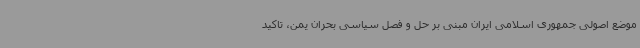
موضع اصولی جمهوری اسلامی ایران مبنی بر حل و فصل سیاسی بحران یمن، تاکید